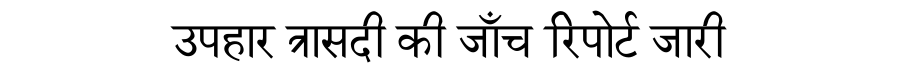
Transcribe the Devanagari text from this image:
उपहार त्रासदी की जाँच रिपोर्ट जारी